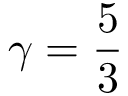
\gamma = \frac { 5 } { 3 }